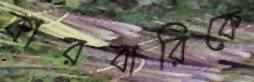
কারবারিকে